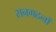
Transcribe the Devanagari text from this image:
सनगठनों